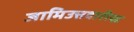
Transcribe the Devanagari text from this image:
जामिउत्तवारीख